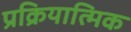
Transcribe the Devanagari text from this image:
प्रक्रियात्मिक